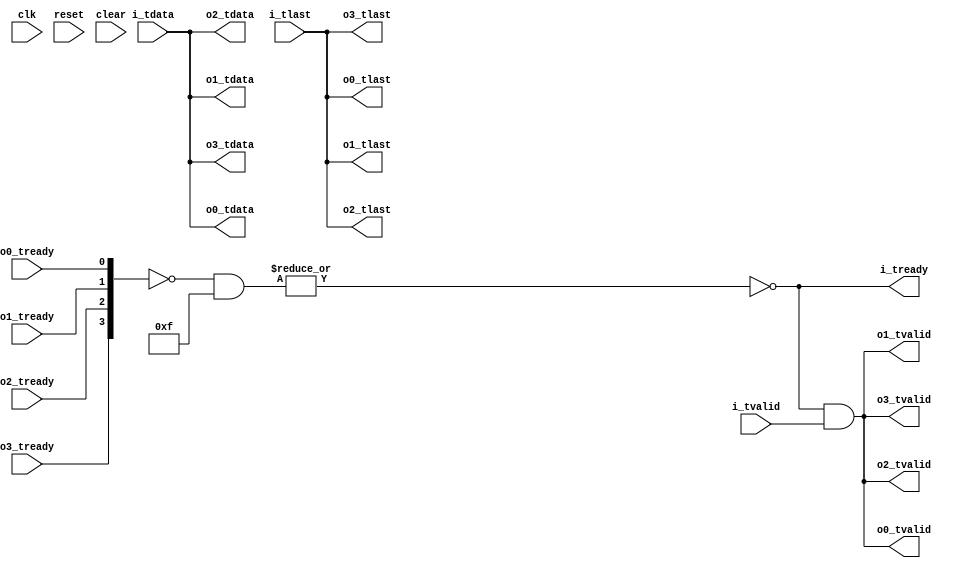
//
// Copyright 2014 Ettus Research LLC
// Copyright 2018 Ettus Research, a National Instruments Company
//
// SPDX-License-Identifier: LGPL-3.0-or-later
//

module split_stream
  #(parameter WIDTH=16,
    parameter ACTIVE_MASK=4'b1111)
   (input clk, input reset, input clear,  // These are not used in plain split_stream
    input [WIDTH-1:0] i_tdata, input i_tlast, input i_tvalid, output i_tready,
    output [WIDTH-1:0] o0_tdata, output o0_tlast, output o0_tvalid, input o0_tready,
    output [WIDTH-1:0] o1_tdata, output o1_tlast, output o1_tvalid, input o1_tready,
    output [WIDTH-1:0] o2_tdata, output o2_tlast, output o2_tvalid, input o2_tready,
    output [WIDTH-1:0] o3_tdata, output o3_tlast, output o3_tvalid, input o3_tready);

   assign { o0_tlast, o0_tdata } = { i_tlast, i_tdata };
   assign { o1_tlast, o1_tdata } = { i_tlast, i_tdata };
   assign { o2_tlast, o2_tdata } = { i_tlast, i_tdata };
   assign { o3_tlast, o3_tdata } = { i_tlast, i_tdata };

   // NOTE -- this violates the AXI spec because tvalids are dependent on treadys.
   //   It will be ok most of the time, but muxes and demuxes will need a fifo in 
   //   the middle to avoid deadlock
   
   assign i_tready = ~|(~{o3_tready,o2_tready,o1_tready,o0_tready} & ACTIVE_MASK);
   assign { o3_tvalid, o2_tvalid, o1_tvalid, o0_tvalid } = {4{i_tready & i_tvalid}};
   
endmodule // split_stream